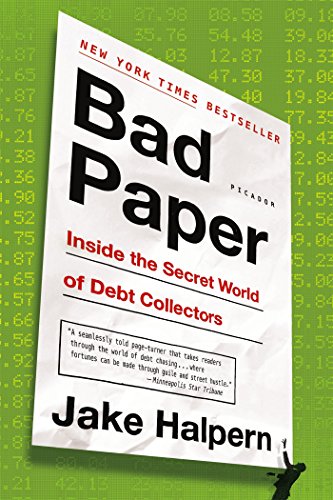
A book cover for Bad Paper: Inside the Secret World of Debt Collectors; Jake Halpern; Business & Money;